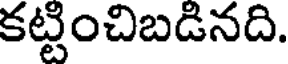
కట్టించిబడినది.